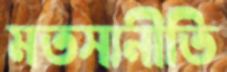
মতস্যনীতি